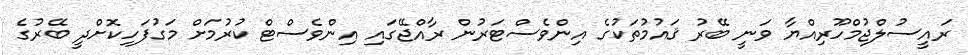
ރައީސުލްޖުމްހޫރިއްޔާ ވަނީ ބޭރު ޤައުމުތަކުގެ އިންވެސްޓަރުން ރާއްޖޭގައި އިންވެސްޓް ކުރުމަށް މަގުފަހިކޮށްދީ ބޭރުގެ